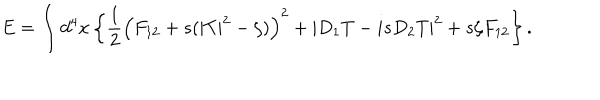
E = \int d ^ { 4 } x \left\{ \frac 1 2 \left( F _ { 1 2 } + s ( | T | ^ { 2 } - \zeta ) \right) ^ { 2 } + | D _ { 1 } T - i s D _ { 2 } T | ^ { 2 } + s \zeta F _ { 1 2 } \right\} .